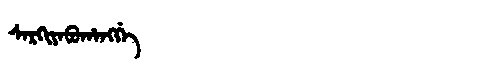
Manchu: ᠰᠠᡵᡴᡳᠶᠠᠪᡠᡥᠠᠩᡤᡝ
Romanization: SARKIYABUHANGGE